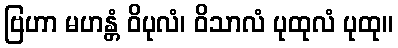
ဗြဟာ မဟန္တံ ဝိပုလံ၊ ဝိသာလံ ပုထုလံ ပုထု။